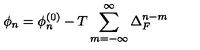
\phi _ { n } = \phi _ { n } ^ { \left( 0 \right) } - T \sum _ { m = - \infty } ^ { \infty } \Delta _ { F } ^ { n - m }